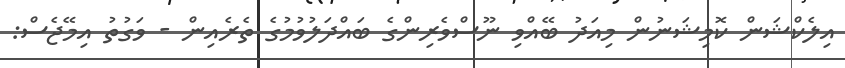
އިލެކްޝަން ކޮމިޝަނުން މިއަދު ބޭއްވި ނޫސްވެރިންގެ ބައްދަލުވުމުގެ ތެރެއިން - ވަގުތު އިމޭޖެސް: